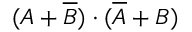
( A + { \overline { { B } } } ) \cdot ( { \overline { { A } } } + B )